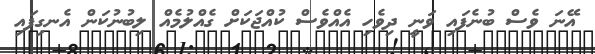
އޭނަ ވެސް ބުނެފައި ވަނީ ދިވެހި އެއްވެސް ކުއްޖަކަށް ގެއްލުމެއް ލިބުނުކަން އެނގިފައި